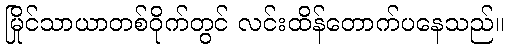
မြိုင်သာယာတစ်ဝိုက်တွင် လင်းထိန်တောက်ပနေသည်။